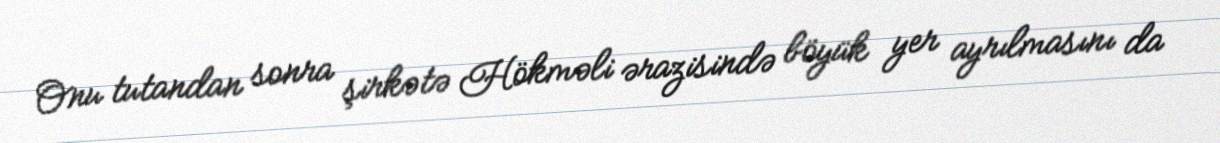
Onu tutandan sonra şirkətə Hökməli ərazisində böyük yer ayrılmasını da